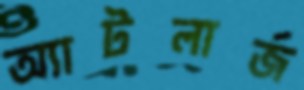
অ্যাটলার্জ